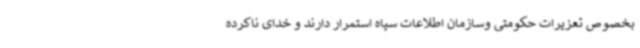
بخصوص تعزیرات حکومتی وسازمان اطلاعات سپاه استمرار دارند و خدای ناکرده